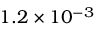
1 . 2 \times 1 0 ^ { - 3 }